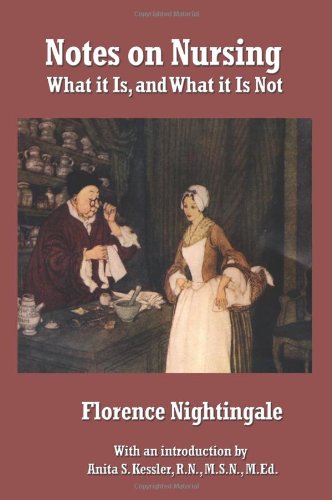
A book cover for Notes on Nursing: What it Is, and What it Is Not; Florence Nightingale; Medical Books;